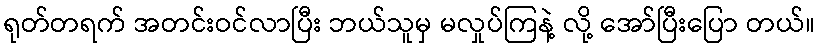
ရုတ်တရက် အတင်းဝင်လာပြီး ဘယ်သူမှ မလှုပ်ကြနဲ့ လို့ အော်ပြီးပြော တယ်။